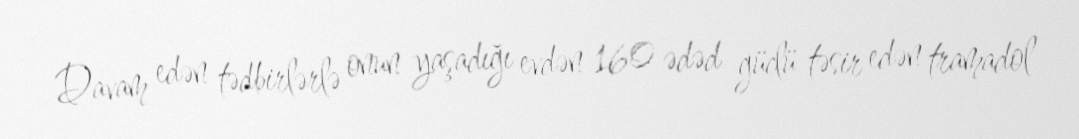
Davam edən tədbirlərlə onun yaşadığı evdən 160 ədəd güclü təsir edən tramadol